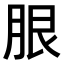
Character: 𦚣